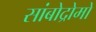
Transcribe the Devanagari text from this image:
सांबोद्रोमो